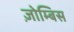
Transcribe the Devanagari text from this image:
ज़ोम्बिस